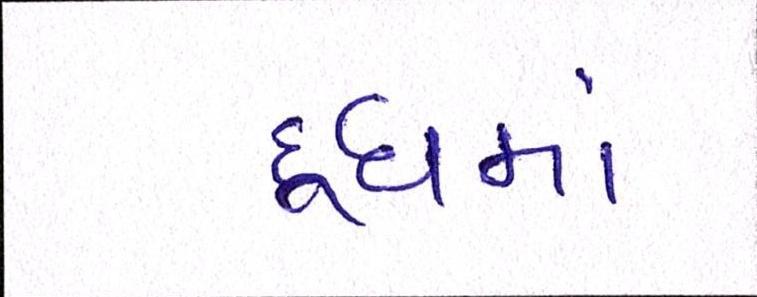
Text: દૂધમાં